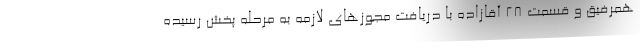
همرفیق و قسمت 28 آقازاده با دریافت مجوزهای لازمه به مرحله پخش رسیده